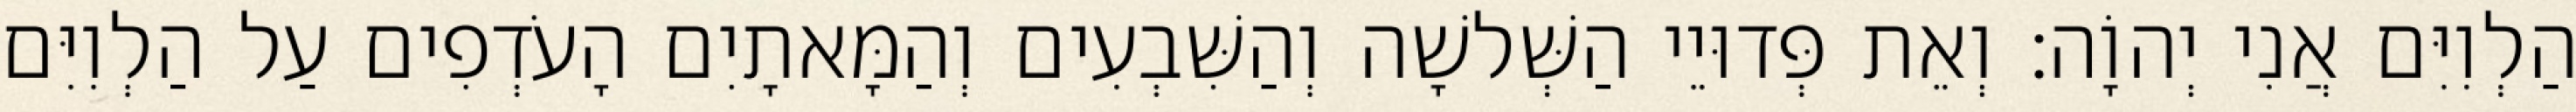
הַלְוִיִּם אֲנִי יְהוָֹה׃ וְאֵת פְּדוּיֵי הַשְּׁלשָׁה וְהַשִּׁבְעִים וְהַמָּאתָיִם הָעֹדְפִים עַל הַלְוִיִּם